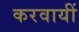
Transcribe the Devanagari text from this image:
करवायीं